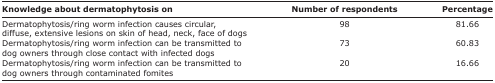
<table><thead><tr><td><b>Knowledge about dermatophytosis on</b></td><td><b>Number of respondents</b></td><td><b>Percentage</b></td></tr></thead><tbody><tr><td>Dermatophytosis/ring worm infection causes circular, diffuse, extensive lesions on skin of head, neck, face of dogs</td><td>98</td><td>81.66</td></tr><tr><td>Dermatophytosis/ring worm infection can be transmitted to dog owners through close contact with infected dogs</td><td>73</td><td>60.83</td></tr><tr><td>Dermatophytosis/ring worm infection can be transmitted to dog owners through contaminated fomites</td><td>20</td><td>16.66</td></tr></tbody></table>